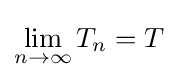
\lim _{n\to \infty }T_{n}=T